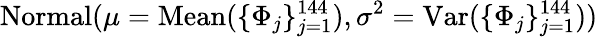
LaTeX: \mathrm{Normal}(\mu=\mathrm{Mean}(\{ \Phi_{j}\} _{j=1}^{144}),\sigma^{2}=\mathrm{Var}(\{ \Phi_{j}\} _{j=1}^{144}))